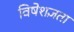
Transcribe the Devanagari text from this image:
विषेशज्ञता